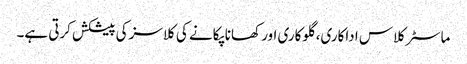
ماسٹر کلاس اداکاری، گلوکاری اور کھانا پکانے کی کلاسز کی پیشکش کرتی ہے۔